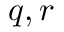
q , r